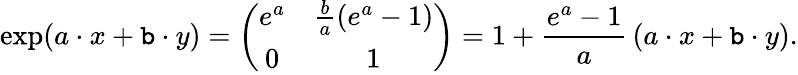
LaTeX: \exp(a\cdot{}x+\mathtt{b}\cdot{}y)=\left({\begin{array}{cc}{e^{a}}&{{\frac{b}{a}}(e^{a}-1)}\\ {0}&{1}\end{array}}\right)=1+{\frac{{e^{a}-1}}{{a}}}\left(a\cdot{}x+\mathtt{b}\cdot{}y\right).